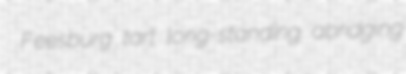
Feesburg tart long-standing abridging